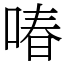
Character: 㖺